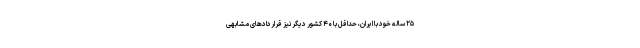
۲۵ ساله خود با ایران، حداقل با ۴۰ کشور دیگر نیز قراردادهای مشابهی